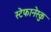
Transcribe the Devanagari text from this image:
स्टेफानेस्कु